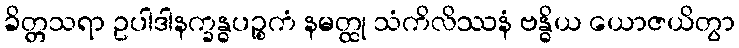
ခိတ္တသရာ ဥပါဒါနက္ခန္ဓပဉ္စကံ နမတ္ထု သံကိလိဿနံ ဗန္ဓိယ ယောဇယိတွာ